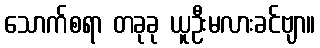
သောက်စရာ တခုခု ယူဦးမလားခင်ဗျာ။